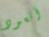
أتعود